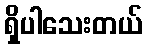
ရှိပါသေးတယ်